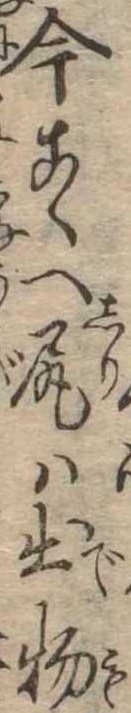
今こゝへ尻は出物